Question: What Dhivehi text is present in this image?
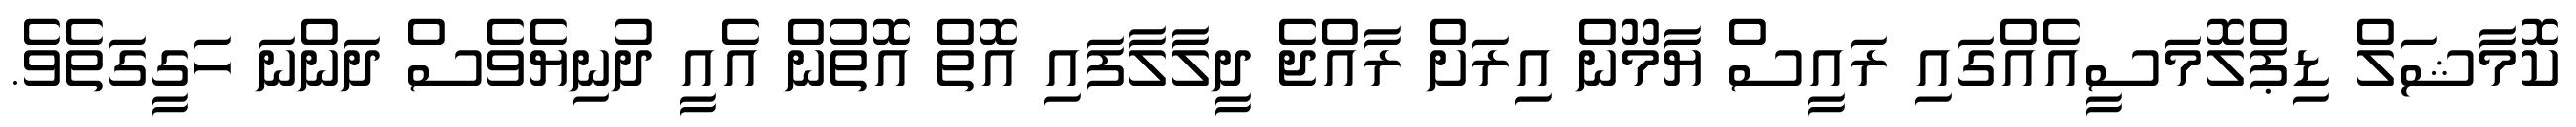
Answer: ކޮމާޝަލް ޑިޕްލޮމަސީއެއްގައި ރައީސް ޔާމޫން އިރަށް ރާއްޖެ ދީލާލާފައި އޮތް އޮތުން އެއީ ދުނިޔެވެސް ދަންނަ ހަގީގަތެވެ.